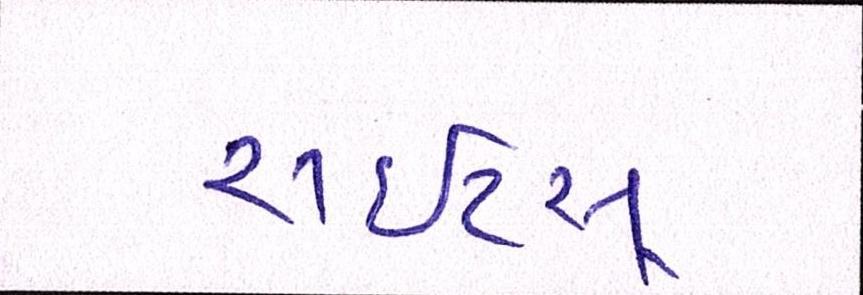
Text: રાઇટ્સ